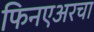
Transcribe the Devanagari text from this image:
फिनएअरचा